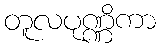
တူလပုဏ္ဏိကာ